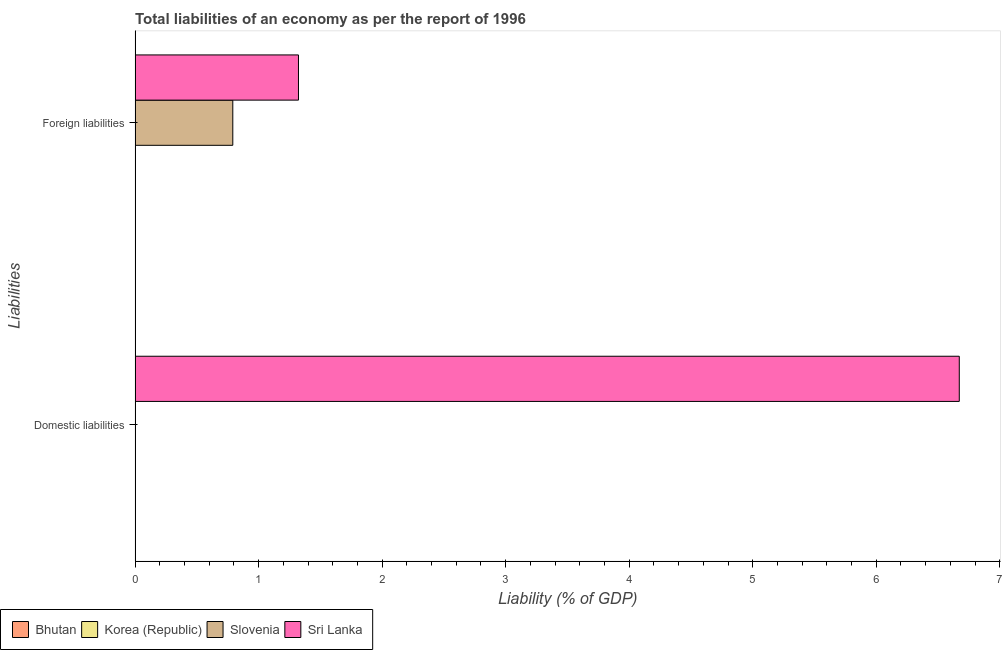
| Liabilities | Bhutan | Korea (Republic) | Slovenia | Sri Lanka |
 | --- | --- | --- | --- | --- |
 | Domestic liabilities | -1.9 | -0.00185 | -0.385 | 6.67 |
 | Foreign liabilities | -0.239 | -0.0608 | 0.791 | 1.32 |